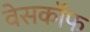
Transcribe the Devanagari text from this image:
वेसकॉफ